Lunatic asylums Central Provinces reports 1886-1894 - 1886-1894
Year: 1886
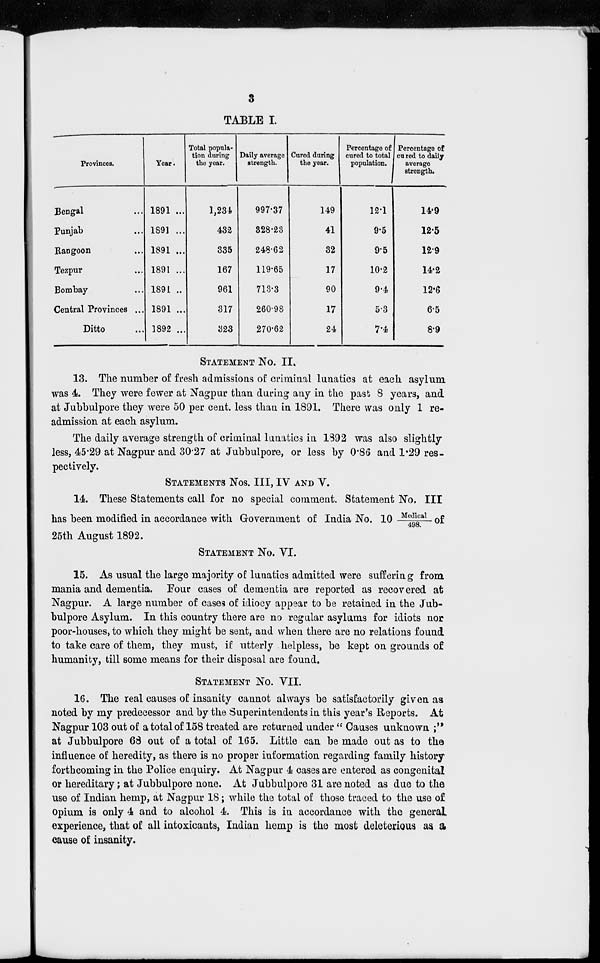
3
TABLE I.
Provinces.
Bengal ...
Punjab ...
Rangoon ...
Tezpur ...
Bombay ...
Central Provinces ...
Ditto ...
Year.
1891 ...
1891 ...
1891 ...
1891 ...
1891 ..
1891 ...
1892 ...
Total popula-
tion during
the year.
1,234
432
335
167
961
317
323
Daily average
strength.
997.37
328.23
248.62
119.65
713.3
260.98
270.62
Cured during
the year.
149
41
32
17
90
17
24
Percentage of
cured to total
population.
12.1
9.5
9.5
10.2
9.4
5.3
7.4
Percentage of
cured to daily
average
strength.
14.9
12.5
12.9
14.2
12.6
6.5
8.9
STATEMENT NO. II.
13. The number of fresh admissions of criminal lunatics at each asylum
was 4. They were fewer at Nagpur than during any in the past 8 years, and
at Jubbulpore they were 50 per cent. less than in 1891. There was only 1 re-
admission at each asylum.
The daily average strength of criminal lunatics in 1892 was also slightly
less, 45.29 at Nagpur and 30.27 at Jubbulpore, or less by 0.86 and 1.29 res-
pectively.
STATEMENTS NOS. III, IV AND V.
14. These Statements call for no special comment. Statement No. III
has been modified in accordance with Government of India No. 10 Medical/498. of
25th August 1892.
STATEMENT NO. VI.
15. As usual the large majority of lunatics admitted were suffering from
mania and dementia. Four cases of dementia are reported as recovered at
Nagpur. A large number of cases of idiocy appear to be retained in the Jub-
bulpore Asylum. In this country there are no regular asylums for idiots nor
poor-houses, to which they might be sent, and when there are no relations found
to take care of them, they must, if utterly helpless, be kept on grounds of
humanity, till some means for their disposal are found.
STATEMENT NO.
VII.
16. The real causes of insanity cannot always be satisfactorily given as
noted by my predecessor and by the Superintendents in this year's Reports. At
Nagpur 103 out of a total of 158 treated are returned under "Causes unknown;"
at Jubbulpore 68 out of a total of 165. Little can be made out as to the
influence of heredity, as there is no proper information regarding family history
forthcoming in the Police enquiry. At Nagpur 4 cases are entered as congenital
or hereditary; at Jubbulpore none. At Jubbulpore 31 are noted as due to the
use of Indian hemp, at Nagpur 18; while the total of those traced to the use of
opium is only 4 and to alcohol 4. This is in accordance with the general
experience, that of all intoxicants, Indian hemp is the most deleterious as a
cause of insanity.